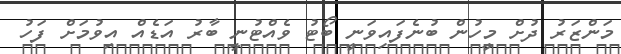
މަންޒަރު ދުށް މީހުން ބުނެފައިވަނީ ބޯޓު ވެއްޓުނީ ބާރު އަޑެއް އިވުމަށް ފަހު